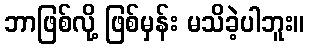
ဘာဖြစ်လို့ ဖြစ်မှန်း မသိခဲ့ပါဘူး။